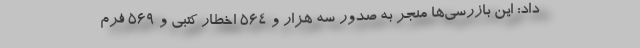
داد: این بازرسی‌ها منجر به صدور سه هزار و ۵۶۴ اخطار کتبی و ۵۶۹ فرم